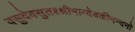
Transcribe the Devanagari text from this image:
वसुदेवसुतश्श्रीमान्देवकीनन्दनो